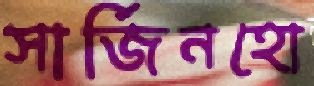
সার্জিনহো